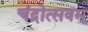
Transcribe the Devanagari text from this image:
चंद्रोत्सवम्